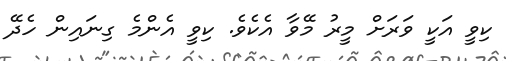
ކިވީ އަކީ ވަރަށް މީރު މޭވާ އެކެވެ. ކިވީ އެންމެ ގިނައިން ހެދޭ